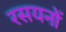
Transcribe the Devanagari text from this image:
रसयनों